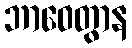
ဘာဝေတွာန